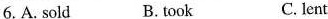
6. A. Sold B. took C. lent